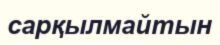
сарқылмайтын